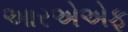
આરએએફ